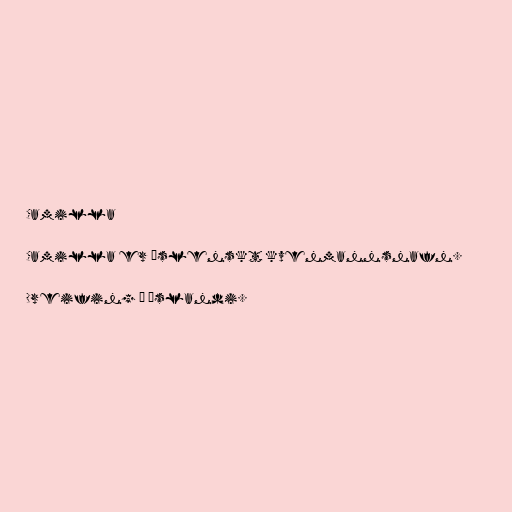
Camilla

Camilla er íslenskt kvenmannsnafn.

Dreifing á Íslandi.